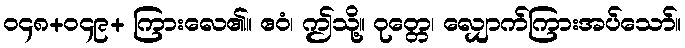
၀၄၈+၀၄၉+ ကြားလေ၏။ ဧဝံ၊ ဤသို့။ ဝုတ္တေ၊ လျှောက်ကြားအပ်သော်။